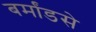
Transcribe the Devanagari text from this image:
बर्मांडसे